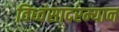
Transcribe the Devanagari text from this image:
विध्वंसादरम्यान